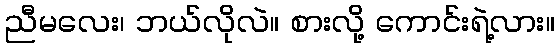
ညီမလေး၊ ဘယ်လိုလဲ။ စားလို့ ကောင်းရဲ့လား။